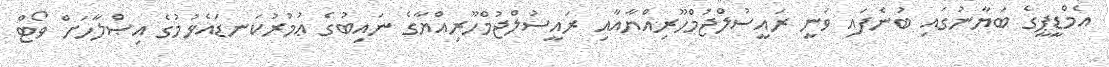
އެމްޑީޕީގެ ބަޔާނުގައި ބުނެފައި ވަނީ ރައީސުލްޖުމްހޫރިއްޔާއާއި ރައީސުލްޖުމްހޫރިއްޔާގެ ނައިބުގެ ޢުމުރުކަނޑައެޅުމުގެ އިޞްލާހަށް ވޯޓް